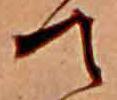
て